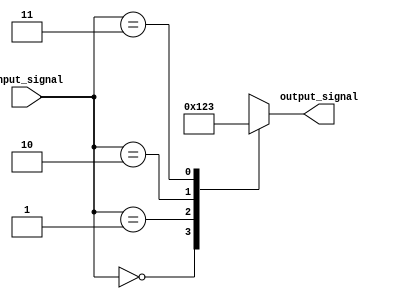
module x_case_statement (
    input wire [2:0] input_signal,
    output reg [3:0] output_signal
);

always @(*)
begin
    case (input_signal)
        3'b000: output_signal = 4'b0000;
        3'b001: output_signal = 4'b0001;
        3'b010: output_signal = 4'b0010;
        3'b011: output_signal = 4'b0011;
        default: output_signal = 4'bx; // default behavior if none of the specified conditions are met
    endcase
end

endmodule